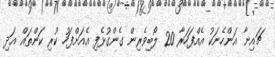
ޗައިނާ އަންހެނަކު އެއްފަހަރާ 20 ލޯބިވެރިން ގެންގުޅެފި އެއަށްފަހު ކުރި ކަންތައް އަދި